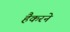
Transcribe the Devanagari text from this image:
हैकरने